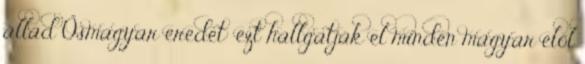
állad Ősmagyar eredet: ezt hallgatják el minden magyar elől